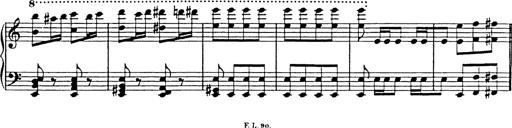
Title: Galop in A minor
Composer: Franz Liszt
Key: A minor